Veterinary [1916] -
Year: 1916
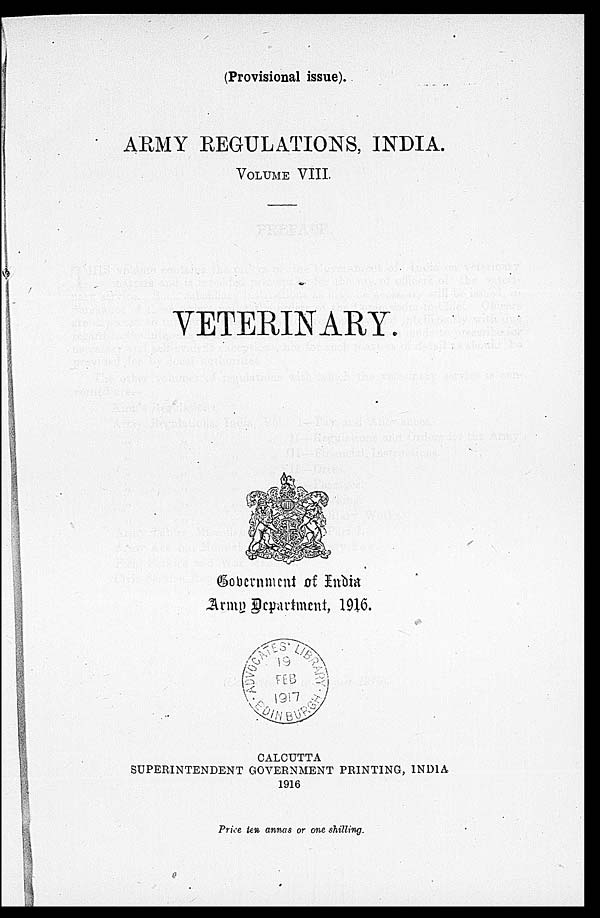
(Provisional issue).
ARMY REGULATIONS, INDIA.
VOLUME VIII.
VETERINARY.
Government of India
Army Department,
1916.
CALCUTTA
SUPERINTENDENT GOVERNMENT PRINTING, INDIA
1916
Price ten annas or one shilling.